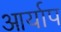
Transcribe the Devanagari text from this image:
आर्याप